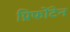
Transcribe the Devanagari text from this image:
प्रिफोंटेन